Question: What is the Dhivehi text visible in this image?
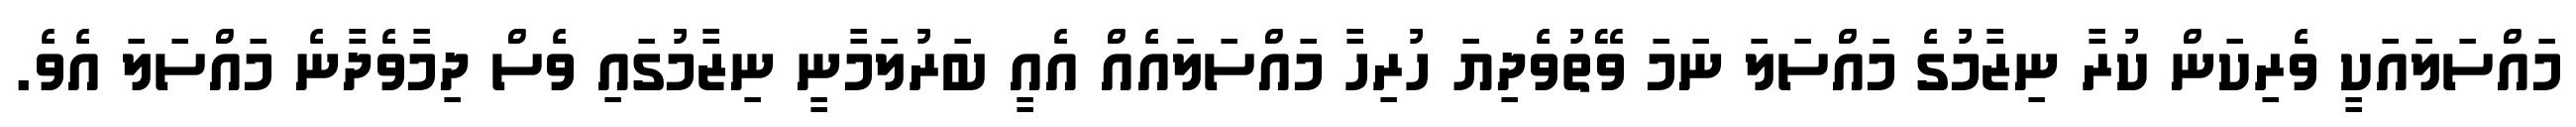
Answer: މައްސަލައަކީ ވެރިކަން ކުރާ ނިޒާމުގެ މައްސަލަ ނަމަ ވޭތުވެދިޔަ ހުރިހާ މައްސަލައެއް އެއީ ބަރުލަމާނީ ނިޒާމުގައި ވެސް ދިމާވެދާނެ މައްސަލަ އެވެ.